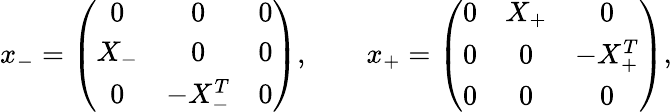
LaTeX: x_{-}=\left(\begin{array}{ccc}{{0}}&{{0}}&{{0}}\\ {{X_{-}}}&{{0}}&{{0}}\\ {{0}}&{{-X_{-}^{T}}}&{{0}}\end{array}\right),\qquad x_{+}=\left(\begin{array}{ccc}{{0}}&{{X_{+}}}&{{0}}\\ {{0}}&{{0}}&{{-X_{+}^{T}}}\\ {{0}}&{{0}}&{{0}}\end{array}\right),